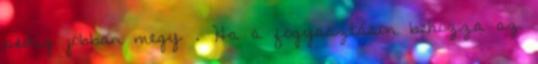
pedig jobban megy . Ha a fogyasztáson behozza az